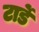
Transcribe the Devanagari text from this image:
टार्डे